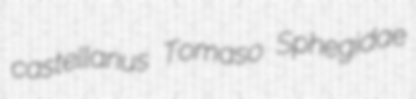
castellanus Tomaso Sphegidae